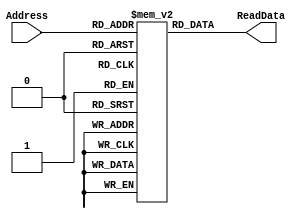
`timescale 1ns / 1ps
//////////////////////////////////////////////////////////////////////////////////
// Company: 
// Engineer: 
// 
// Design Name: 
// Module Name: iMem
// Project Name: 
// Target Devices: 
// Tool Versions: 
// Description: 
// 
// Dependencies: 
// 
// Revision:
// Revision 0.01 - File Created
// Additional Comments:
// 
//////////////////////////////////////////////////////////////////////////////////

module iMem(Address, ReadData);
	input [5:0] Address;
	output [31:0] ReadData;
	reg [31:0] ROM[63:0];// 32x64 ROM;
	// it seems to be ROM, but it should be write-able, 
	// to load new progROM into it.
	
	initial
		begin
		//initialize memory
		// read data from file
//		 $readmemh("instruction.dat",ROM);

////test code 1
//		ROM[0] <= 32'h20020005; //addi $2, $0, 5; //initialize $2 = 5
//		ROM[1] <= 32'h2003000c; //addi $3, $0, 12; //$3 = c
//		ROM[2] <= 32'h2067fff7; //addi $7, $3, -9; //$7 = 3
//		ROM[3] <= 32'h00e22025; //or $4, $7, $2; //$4 = 3 or 5 = 7
//		ROM[4] <= 32'h00642824; //and $5, $3, $4; //$5 = 12 and 7 = 4
//		ROM[5] <= 32'h00a42820; //and %5, %5, $4; //$5=4+7=11
//		ROM[6] <= 32'h10a7000a; //beq $5, $7, end; //should not branch
//		ROM[7] <= 32'h2015002c; //addi $21, $0, 44;//$21 = 44 = 0x2c
//		ROM[8] <= 32'h02a00008; //jr $21;//jump to ROM[11]
//		ROM[9] <= 32'h10a7000a; //beq, should not be taken due to jr
//		ROM[10] <= 32'h20150020;//addi $21, $0, 32; should not be taken due to jr;
//		ROM[11] <= 32'h0064202a;//slt $4, $3, $4; //$4 = 12 < 7 = 0
//		ROM[12] <= 32'h10800001;//beq $4, $0, around// should be taken
//		ROM[13] <= 32'h20050000;//addi $5, $0, 0;//should not be taken
//		ROM[14] <= 32'h00e2202a;//slt $4, $7, $2; //$4 = 3 < 5 = 1 
//		ROM[15] <= 32'h00853820;//add $7, $4, $5; //$7=1 + 11 = 12
//		ROM[16] <= 32'h00e23822;//sub $7, $7, $2; //$7 = 12 - 5 = 7
//		ROM[17] <= 32'hac670044;//sw $7, 68($3); //[($3 + 68)] = [80] = ROM[(80>>2)] = ROM[10100] = ROM[20] = 7
//		ROM[18] <= 32'h8c020050;//lw $2, 80($0); // $2 = ROM[20] = 7
//		ROM[19] <= 32'h0c000017;//jal ROM[22]; //$31 = PC + 4; should be taken
//		ROM[20] <= 32'h08000016;//j ROM[22]; //should not be taken due to jal
//		ROM[21] <= 32'h00e2202a;//slt, should not be taken
//		ROM[22] <= 32'h20020001;//addi $2, $0, 1; //should not be taken
//								//all data memory address are virtual address, real address should +64
//		ROM[23] <= 32'hac020054;//sw $2, 84($0); //ROM[(84 >> 2)] = ROM[21] = 7
//		ROM[24] <= 32'h3c0c1234;//lui $12, 0x1234;// $12 should be 12340000;
//		ROM[25] <= 32'h00a75026;//xor $10, $5, $7;// $10 = 1011 xor 0111 = 1100 = c
//		ROM[26] <= 32'h38ab0004;//xori $11, $5, 4;//$11 = f
//		ROM[27] <= 32'hac0c0010;//sw $12, 16($0);// [16] = [16>>2] = Mem[4] = 12340000;
//		ROM[28] <= 32'h00054883;//sra $9, $5, 2;; //$9 = 11 >>> 2 = 2
//		ROM[29] <= 32'h00854007;//srav $8, $4, $5;// $8 = [$5] >>> [$4][4:0] = 5
//		ROM[30] <= 32'h000469c0;//sll $13, $4, 7;; //$13 = [$4] << 7 = 00000080 = 128
//		ROM[31] <= 32'h00847004;//sllv $14, $4, $4;//$14 = [$4] << [$4][4:0] = 2;
//		ROM[32] <= 32'h00037882;//srl $15, $3, 2;; // $15 = [01100] >> 2 = 3;
//		ROM[33] <= 32'h00838006;//srlv $16, $4, $3; // $16 = [$3] >> [$4][4:0]=00000110 = 6
//		//how to test jal?
//		ROM[34] <= 32'h00000000;//nop

//////code 2 fuction call
//		ROM[0] <= 32'h20020005; //addi $2, $0, 5;  //$2 = 5
//		ROM[1] <= 32'h2003000c; //addi $3, $0, 12; //$3 = c
//		ROM[2] <= 32'h0c000008; //jal function
//		ROM[3] <= 32'h00000000; //nop
//		ROM[4] <= 32'h3c0c1234; //lui $12, 0x1234;// $12 = 0x12340000;
//		ROM[5] <= 32'h20041234; //addi $4, $0, 0x1234;  //$4 = 0x1234
//		ROM[6] <= 32'h2003000f; //addi $3, $0, f; //$3 = f
//		ROM[7] <= 32'h0800000e; //j end
////function:
//		ROM[8] <= 32'h2067fff7; //addi $7, $3, -9; //$7 = 3
////loop:
//		ROM[9] <= 32'h10e00003; // beq $7, $0, return;
//		ROM[10] <= 32'h00471020; // add $2, $2, $7;
//		ROM[11] <= 32'h20e7ffff; // addi $7, $7, -1;
//		ROM[12] <= 32'h08000009; // j loop;
////return:
//		ROM[13] <= 32'h03e00008; //jr $31;
////end:
//		ROM[14] <= 32'h00000000; //nop*/

//test code 3
//ROM[0] <= 32'h20010001; //addi $at, $0, 1
//ROM[1] <= 32'h20020002; //addi $v0, $0, 2
//ROM[2] <= 32'h20030003; //addi $v1, $0, 3
//ROM[3] <= 32'h20040004; //addi $a0, $0, 4
//ROM[4] <= 32'h20050005; //addi $a1, $0, 5
//ROM[5] <= 32'h20060006; //addi $a2, $0, 6
//ROM[6] <= 32'h20070007; //addi $a3, $0, 7
//ROM[7] <= 32'hac070010; //sw $a3, 16($0)
//ROM[8] <= 32'hac060020; //sw $a2, 32($0)
//ROM[9] <= 32'hac050030; //sw $a1, 48($0)
//ROM[10] <= 32'hac040040; //sw $a0, 64($0)
//ROM[11] <= 32'hac030050; //sw $v1, 80($0)
//ROM[12] <= 32'hac020060; //sw $v0, 96($0)
//ROM[13] <= 32'hac010070; //sw $at, 112($0)
//ROM[14] <= 32'h8c010010; //lw $at, 16($0)
//ROM[15] <= 32'h8c020020; //lw $v0, 32($0)
//ROM[16] <= 32'h8c030030; //lw $v1, 48($0)
//ROM[17] <= 32'h8c040040; //lw $a0, 64($0)
//ROM[18] <= 32'h8c050050; //lw $a1, 80($0)
//ROM[19] <= 32'h8c060060; //lw $a2, 96($0)
//ROM[20] <= 32'h8c070070; //lw $a3, 112($0)
//ROM[21] <= 32'hac070010; //sw $a3, 16($0)
//ROM[22] <= 32'hac060020; //sw $a2, 32($0)
//ROM[23] <= 32'h8c070010; //lw $a3, 16($0)
//ROM[24] <= 32'h8c060020; //lw $a2, 32($0)
//ROM[25] <= 32'hac050030; //sw $a1, 48($0)
//ROM[26] <= 32'hac040040; //sw $a0, 64($0)
//ROM[27] <= 32'h8c050030; //lw $a1, 48($0)
//ROM[28] <= 32'h8c040040; //lw $a0, 64($0)
//ROM[29] <= 32'hac030050; //sw $v1, 80($0)
//ROM[30] <= 32'hac020060; //sw $v0, 96($0)
//ROM[31] <= 32'h8c030050; //lw $v1, 80($0)
//ROM[32] <= 32'h8c020060; //lw $v0, 96($0)
//ROM[33] <= 32'hac010070; //sw $at, 112($0)
//ROM[34] <= 32'h00000000; //nop

//test code4
ROM[0] <= 32'h20010001; //addi $at, $0, 1

ROM[1] <= 32'h20020002; //addi $v0, $0, 2

ROM[2] <= 32'h20030003; //addi $v1, $0, 3

ROM[3] <= 32'h20040004; //addi $a0, $0, 4

ROM[4] <= 32'h20050005; //addi $a1, $0, 5

ROM[5] <= 32'h20060006; //addi $a2, $0, 6

ROM[6] <= 32'h20070007; //addi $a3, $0, 7

ROM[7] <= 32'h20090000; //addi $t1, $0, 0

ROM[8] <= 32'hac070010; //sw $a3, 16($0)

ROM[9] <= 32'h8c080010; //lw $t0, 16($0)

ROM[10] <= 32'h01284820; //add $t1, $t1, $t0

ROM[11] <= 32'hac060020; //sw $a2, 32($0)

ROM[12] <= 32'h8c080020; //lw $t0, 32($0)

ROM[13] <= 32'h01284820; //add $t1, $t1, $t0

ROM[14] <= 32'hac050030; //sw $a1, 48($0)

ROM[15] <= 32'h8c080030; //lw $t0, 48($0)

ROM[16] <= 32'h01284820; //add $t1, $t1, $t0

ROM[17] <= 32'hac040040; //sw $a0, 64($0)

ROM[18] <= 32'h8c080040; //lw $t0, 64($0)

ROM[19] <= 32'h01284820; //add $t1, $t1, $t0

ROM[20] <= 32'hac030050; //sw $v1, 80($0)

ROM[21] <= 32'h8c080050; //lw $t0, 80($0)

ROM[22] <= 32'h01284820; //add $t1, $t1, $t0

ROM[23] <= 32'hac020060; //sw $v0, 96($0)

ROM[24] <= 32'h8c080060; //lw $t0, 96($0)

ROM[25] <= 32'h01284820; //add $t1, $t1, $t0

ROM[26] <= 32'hac010070; //sw $at, 112($0)

ROM[27] <= 32'h8c080070; //lw $t0, 112($0)

ROM[28] <= 32'h01284820; //add $t1, $t1, $t0

ROM[29] <= 32'h8c010010; //lw $at, 16($0)

ROM[30] <= 32'h01214820; //add $t1, $t1, $at

ROM[31] <= 32'h8c020020; //lw $v0, 32($0)

ROM[32] <= 32'h01224820; //add $t1, $t1, $v0

ROM[33] <= 32'h8c030030; //lw $v1, 48($0)

ROM[34] <= 32'h01234820; //add $t1, $t1, $v1

ROM[35] <= 32'h8c040040; //lw $a0, 64($0)

ROM[36] <= 32'h01244820; //add $t1, $t1, $a0

ROM[37] <= 32'h8c050050; //lw $a1, 80($0)

ROM[38] <= 32'h01254820; //add $t1, $t1, $a1

ROM[39] <= 32'h8c060060; //lw $a2, 96($0)

ROM[40] <= 32'h01264820; //add $t1, $t1, $a2

ROM[41] <= 32'h8c070070; //lw $a3, 112($0)

ROM[42] <= 32'h01274820; //add $t1, $t1, $a3

ROM[43] <= 32'h00000000; //nop



		end
	assign ReadData = ROM[Address]; // word aligned
		
endmodule